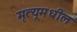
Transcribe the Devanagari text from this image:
मृत्यूमधील